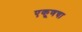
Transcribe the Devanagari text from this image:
एकूणचा